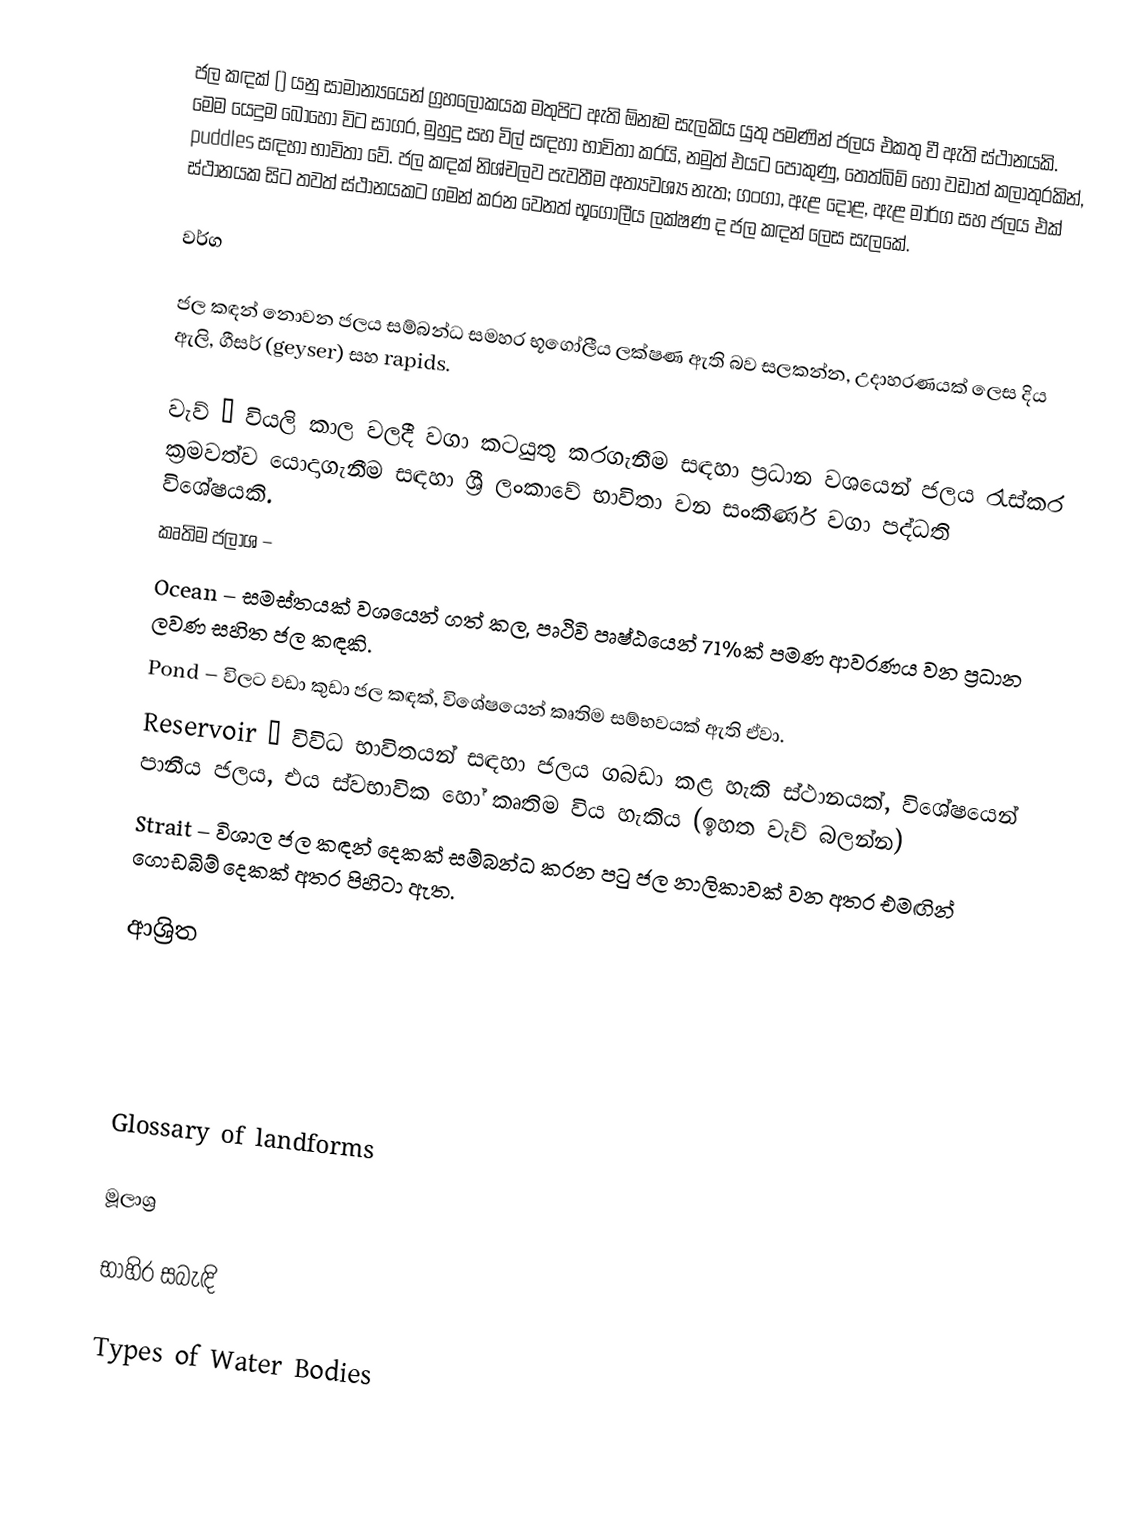
ජල කඳක් () යනු සාමාන්‍යයෙන් ග්‍රහලෝකයක මතුපිට ඇති ඕනෑම සැලකිය යුතු පමණින් ජලය එකතු වී ඇති ස්ථානයකි. මෙම යෙදුම බොහෝ විට සාගර, මුහුදු සහ විල් සඳහා භාවිතා කරයි, නමුත් එයට පොකුණු, තෙත්බිම් හෝ වඩාත් කලාතුරකින්, puddles සඳහා භාවිතා වේ. ජල කඳක් නිශ්චලව පැවතීම අත්‍යවශ්‍ය නැත; ගංගා, ඇළ දොළ, ඇළ මාර්ග සහ ජලය එක් ස්ථානයක සිට තවත් ස්ථානයකට ගමන් කරන වෙනත් භූගෝලීය ලක්ෂණ ද ජල කඳන් ලෙස සැලකේ.

වර්ග

ජල කඳන් නොවන ජලය සම්බන්ධ සමහර භූගෝලීය ලක්ෂණ ඇති බව සලකන්න, උදාහරණයක් ලෙස දිය ඇලි, ගීසර් (geyser) සහ rapids.

වැව් – වියලි කාල වලදී වගා කටයුතු කරගැනීම සඳහා ප්‍රධාන වශයෙන් ජලය රැස්කර ක්‍රමවත්ව යොදාගැනීම සඳහා ශ්‍රී ලංකාවේ භාවිතා වන සංකීර්ණ වගා පද්ධති විශේෂයකි.
කෘතිම ජලාශ –
Ocean – සමස්තයක් වශයෙන් ගත් කල, පෘථිවි පෘෂ්ඨයෙන් 71%ක් පමණ ආවරණය වන ප්‍රධාන ලවණ සහිත ජල කඳකි.
Pond – විලට වඩා කුඩා ජල කඳක්, විශේෂයෙන් කෘතිම සම්භවයක් ඇති ඒවා.
Reservoir – විවිධ භාවිතයන් සඳහා ජලය ගබඩා කළ හැකි ස්ථානයක්, විශේෂයෙන් පානීය ජලය, එය ස්වභාවික හෝ කෘතිම විය හැකිය (ඉහත වැව් බලන්න)
Strait – විශාල ජල කඳන් දෙකක් සම්බන්ධ කරන පටු ජල නාලිකාවක් වන අතර එමඟින් ගොඩබිම් දෙකක් අතර පිහිටා ඇත.

ආශ්‍රිත

 Glossary of landforms

මූලාශ්‍ර

භාහිර සබැඳි

 Types of Water Bodies